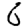
Digit: 6